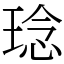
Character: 𤦬